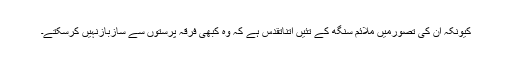
کیونکہ ان کی تصورمیں ملائم سنگھ کے تئیں اتناتقدس ہے کہ وہ کبھی فرقہ پرستوں سے سازبازنہیں کرسکتے۔